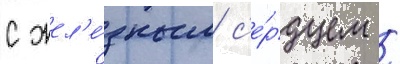
с жел'е́зным с'е́рдцем /